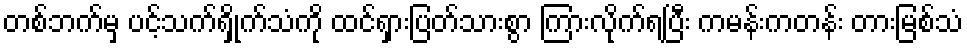
တစ်ဘက်မှ ပင့်သက်ရှိုက်သံကို ထင်ရှားပြတ်သားစွာ ကြားလိုက်ရပြီး ကမန်းကတန်း တားမြစ်သံ